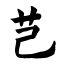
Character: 芑